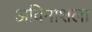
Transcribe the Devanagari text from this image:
अविनाशला